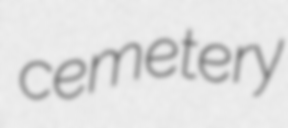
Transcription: cemetery